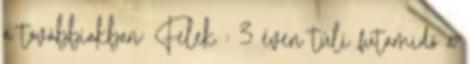
a továbbiakban: Felek : 3 éven túli futamidő a